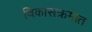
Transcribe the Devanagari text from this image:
विकासक्रमात